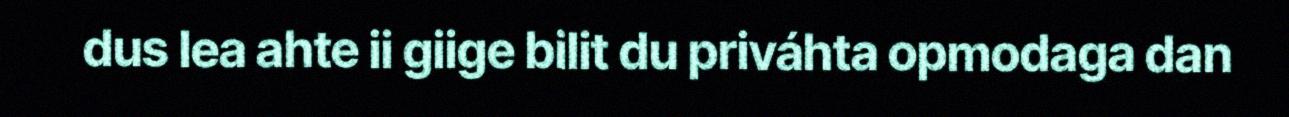
dus lea ahte ii giige bilit du priváhta opmodaga dan